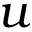
u